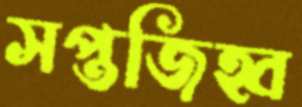
সপ্তজিহ্ব